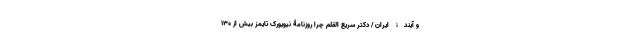
و آیندۀ ایران / دکتر سریع القلم چرا روزنامۀ نیویورک تایمز بیش از 130